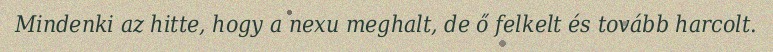
Mindenki az hitte, hogy a nexu meghalt, de ő felkelt és tovább harcolt.